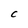
Character: C